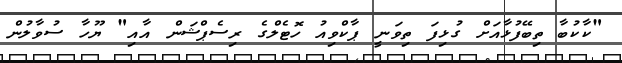
"ކާކުބާ ތިބޭފުޅާއަށް ގުޅިފަ ތިވަނީ ޕާކްވިއު ހޮޓެލްގެ ރިސެޕްޝަން އާއި" ޔޫހާ ސުވާލުން